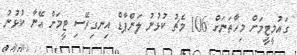
ގައުމީޓީމަށް މިހާތަނަށް 106 މެޗު ކުޅުނު ލަންޕާޑް އިނގިރޭސި ޓީމަށް އޭނާ ކުޅުނު